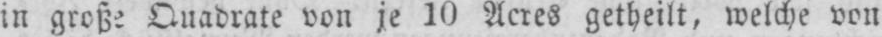
in große Quadrate von je 10 Acres getheilt, welche von